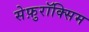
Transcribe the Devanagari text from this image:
सेफ़ुरॉक्सिम